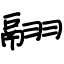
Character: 翮